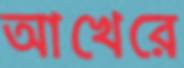
আখেরে